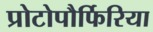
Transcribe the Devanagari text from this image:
प्रोटोपौर्फिरिया